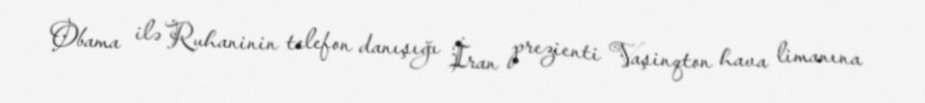
Obama ilə Ruhaninin telefon danışığı İran prezienti Vaşinqton hava limanına